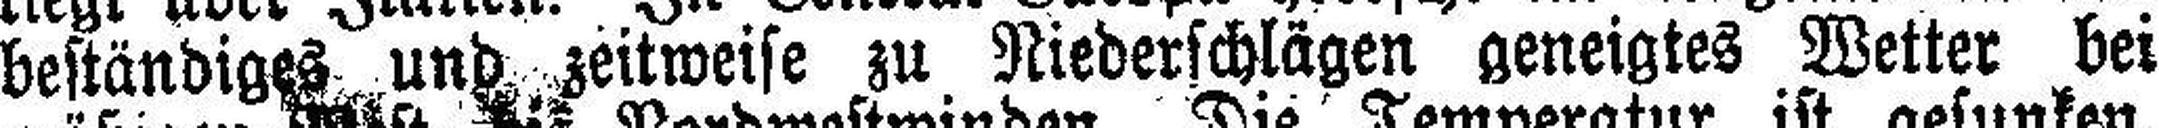
beständiges und zeitweise zu Niederschlägen geneigtes Wetter bei